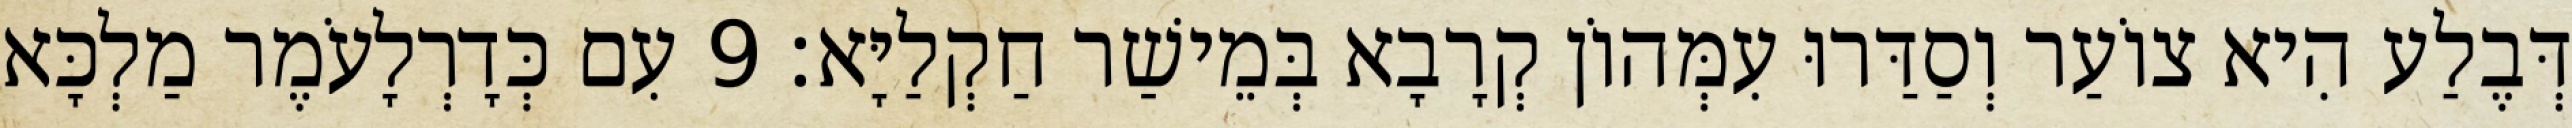
דְּבֶלַע הִיא צוֹעַר וְסַדַּרוּ עִמְּהוֹן קְרָבָא בְּמֵישַׁר חַקְלַיָּא׃ 9 עִם כְּדָרְלָעֹמֶר מַלְכָּא